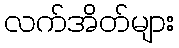
လက်အိတ်များ